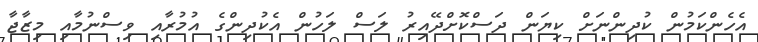
އެހެންކަމުން ކުދިންނަށް ކިޔަން ދަސްކޮށްދޭއިރު ލަސް ލަހުން އެކުދިންގެ އުމުރާއި ވިސްނުމާއި މިޒާޖާ